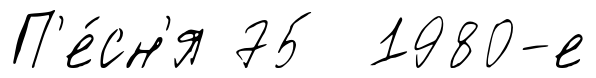
П'е́сн'я 75 1980-е